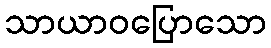
သာယာဝပြောသော